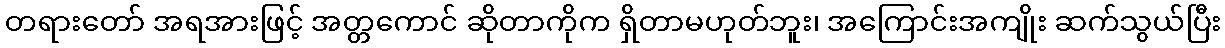
တရားတော် အရအားဖြင့် အတ္တကောင် ဆိုတာကိုက ရှိတာမဟုတ်ဘူး၊ အကြောင်းအကျိုး ဆက်သွယ်ပြီး